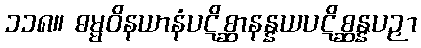
၁၁၈။ ဓမ္မဝိနယာနံပဋိစ္ဆာနန္နယပဋိစ္ဆန္နပဉှာ